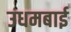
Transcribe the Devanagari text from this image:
उधमबाई